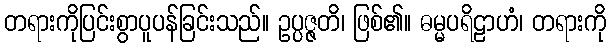
တရားကိုပြင်းစွာပူပန်ခြင်းသည်။ ဥပ္ပဇ္ဇတိ၊ ဖြစ်၏။ ဓမ္မပရိဠာဟံ၊ တရားကို